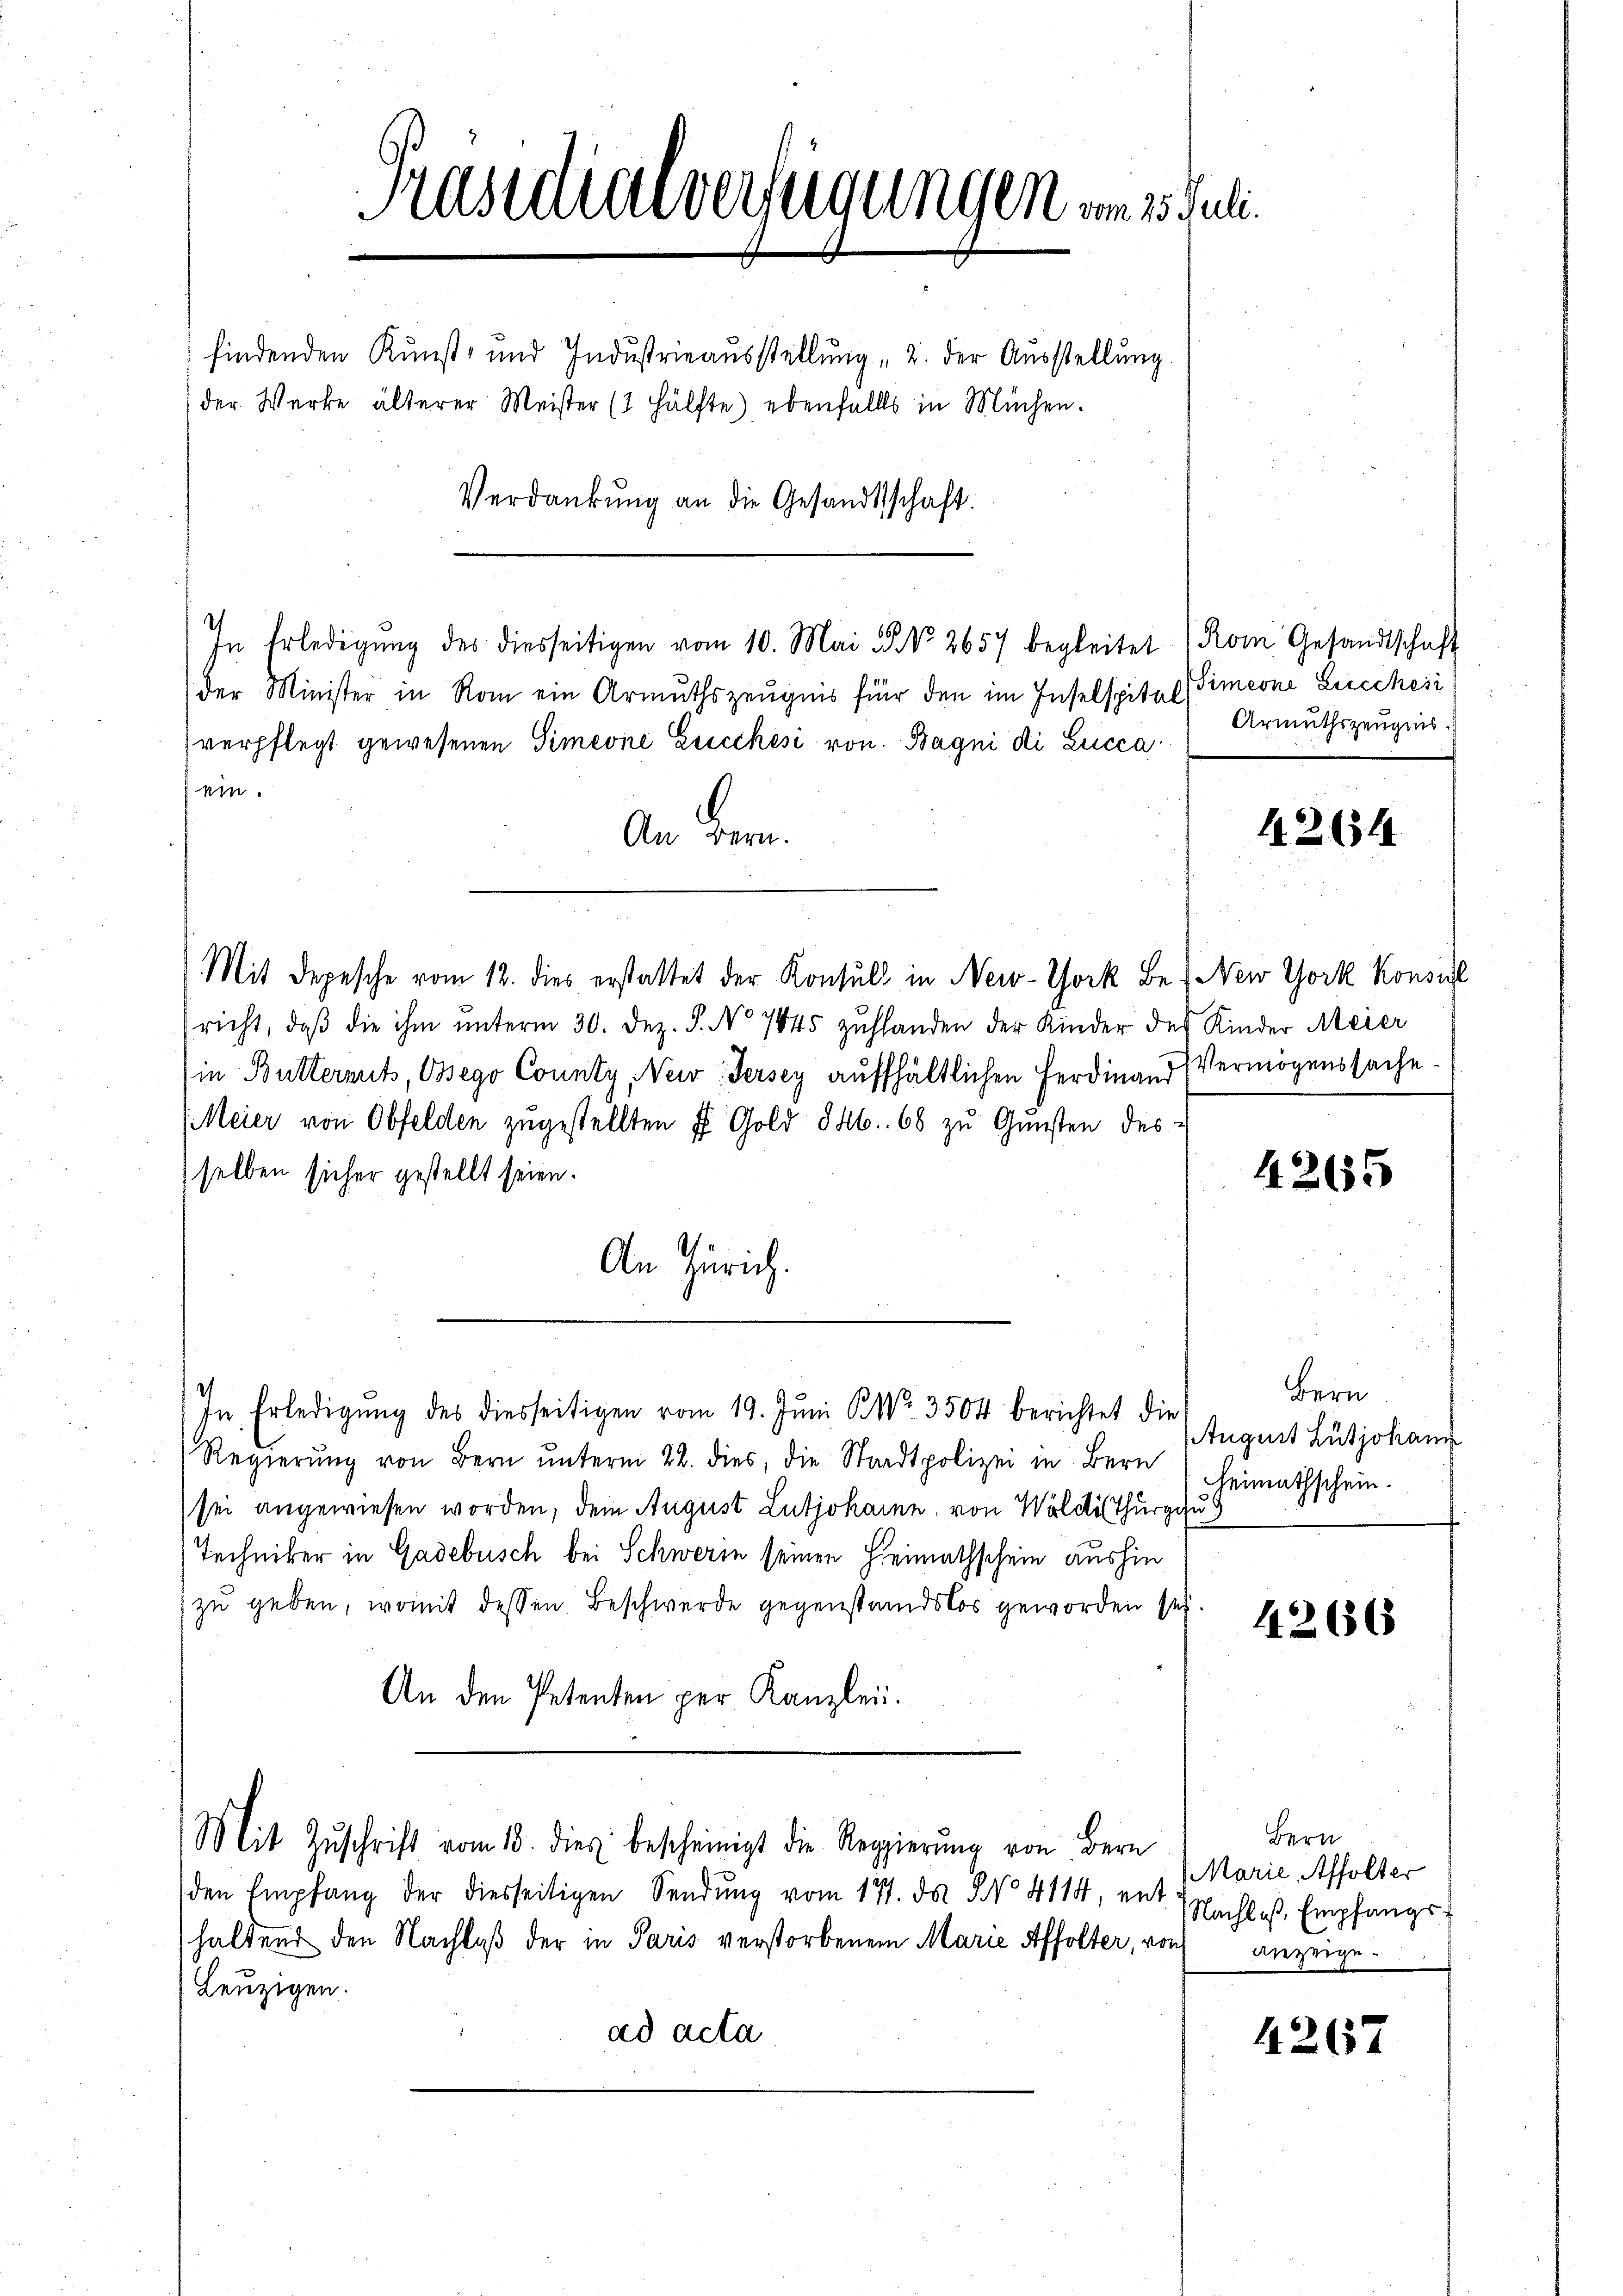
Kasteren verfügungen vom 25. Juli.
findenden Kunst- und Industrieausstellung „2. der Ausstellung
(der Werke älterer Meister (2 Hälfte), ebenfalls in Mühen.
Verdankŭng an die Gesandtschaft.

In Erledigŭng des diesseitigen vom 10. Mai 2 No 2657 begleitet
der Minister in Rom ein Armuthszeugnis für den im Inselspital
verpflegt gewesenen Simeone Lucchesi von Bagni di Lucca
ein.
An Bern.
Mit Depesche vom 12. dies erstattet der Konsul in New-York Be- New York Konsul
richt, daβ die ihm unterm 30. Dez. S. No 7445 zŭhlanden der Kinder des
in Buttermit Osego County, New-Jersey auffhältlichen Ferdinand
(Meier von Obfelden zŭgestellten u. Gold S. 68 zŭ Gŭnsten des
selben sicher gestellt seien.
An Zürich.
In Erledigŭng des diesseitigen vom 19. Jŭni S. Nr. 3504 berichtet die
Regierŭng von Bern ŭnterm 22. dies, die Stadtpolizei in Bern
sei angewiesen worden, dem August Lutjohann von Wöldis Thurgau
Techniker in Gadebusch bei Schwerin seinen Heimathschein aushin
zu geben, womit dessen Beschwerde gegenstandslos geworden sei.
An den Petenten per Kanzlei.

den Empfang der diesseitigen Sendung vom 17. ds. No 4114, ent
haltend den Nachlaß der in Paris verstorbenem Marie Affolter, von
Leuzigen.
ad acta

(Mit Zŭschrift vom 18. dies bescheinigt die Regierŭng von Bern

Rom Gesandtschaft
Simeone Licchesi
Armuthszeugnis.

12654

Kinder Meier
Vermögenssache.

4265

Bern
August Lutjohann
Heimathschein.
u

4266

Bern
Marie, Affolter
Nachlaß, Empfangs¬
Anzeige¬

4267